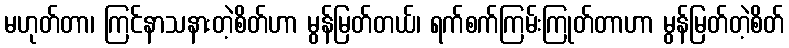
မဟုတ်တာ၊ ကြင်နာသနားတဲ့စိတ်ဟာ မွန်မြတ်တယ်၊ ရက်စက်ကြမ်းကြုတ်တာဟာ မွန်မြတ်တဲ့စိတ်